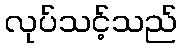
လုပ်သင့်သည်